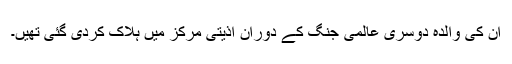
اُن کی والدہ دوسری عالمی جنگ کے دوران اذیتی مرکز میں ہلاک کردی گئی تھیں۔